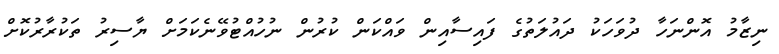
ނިޒާމު އޮންނަހާ ދުވަހަކު ދައުލަތުގެ ފައިސާއިން ވައްކަން ކުރުން ނުހުއްޓުވޭނެކަމަށް ޔާސިރު ތަކުރާރުކޮށް